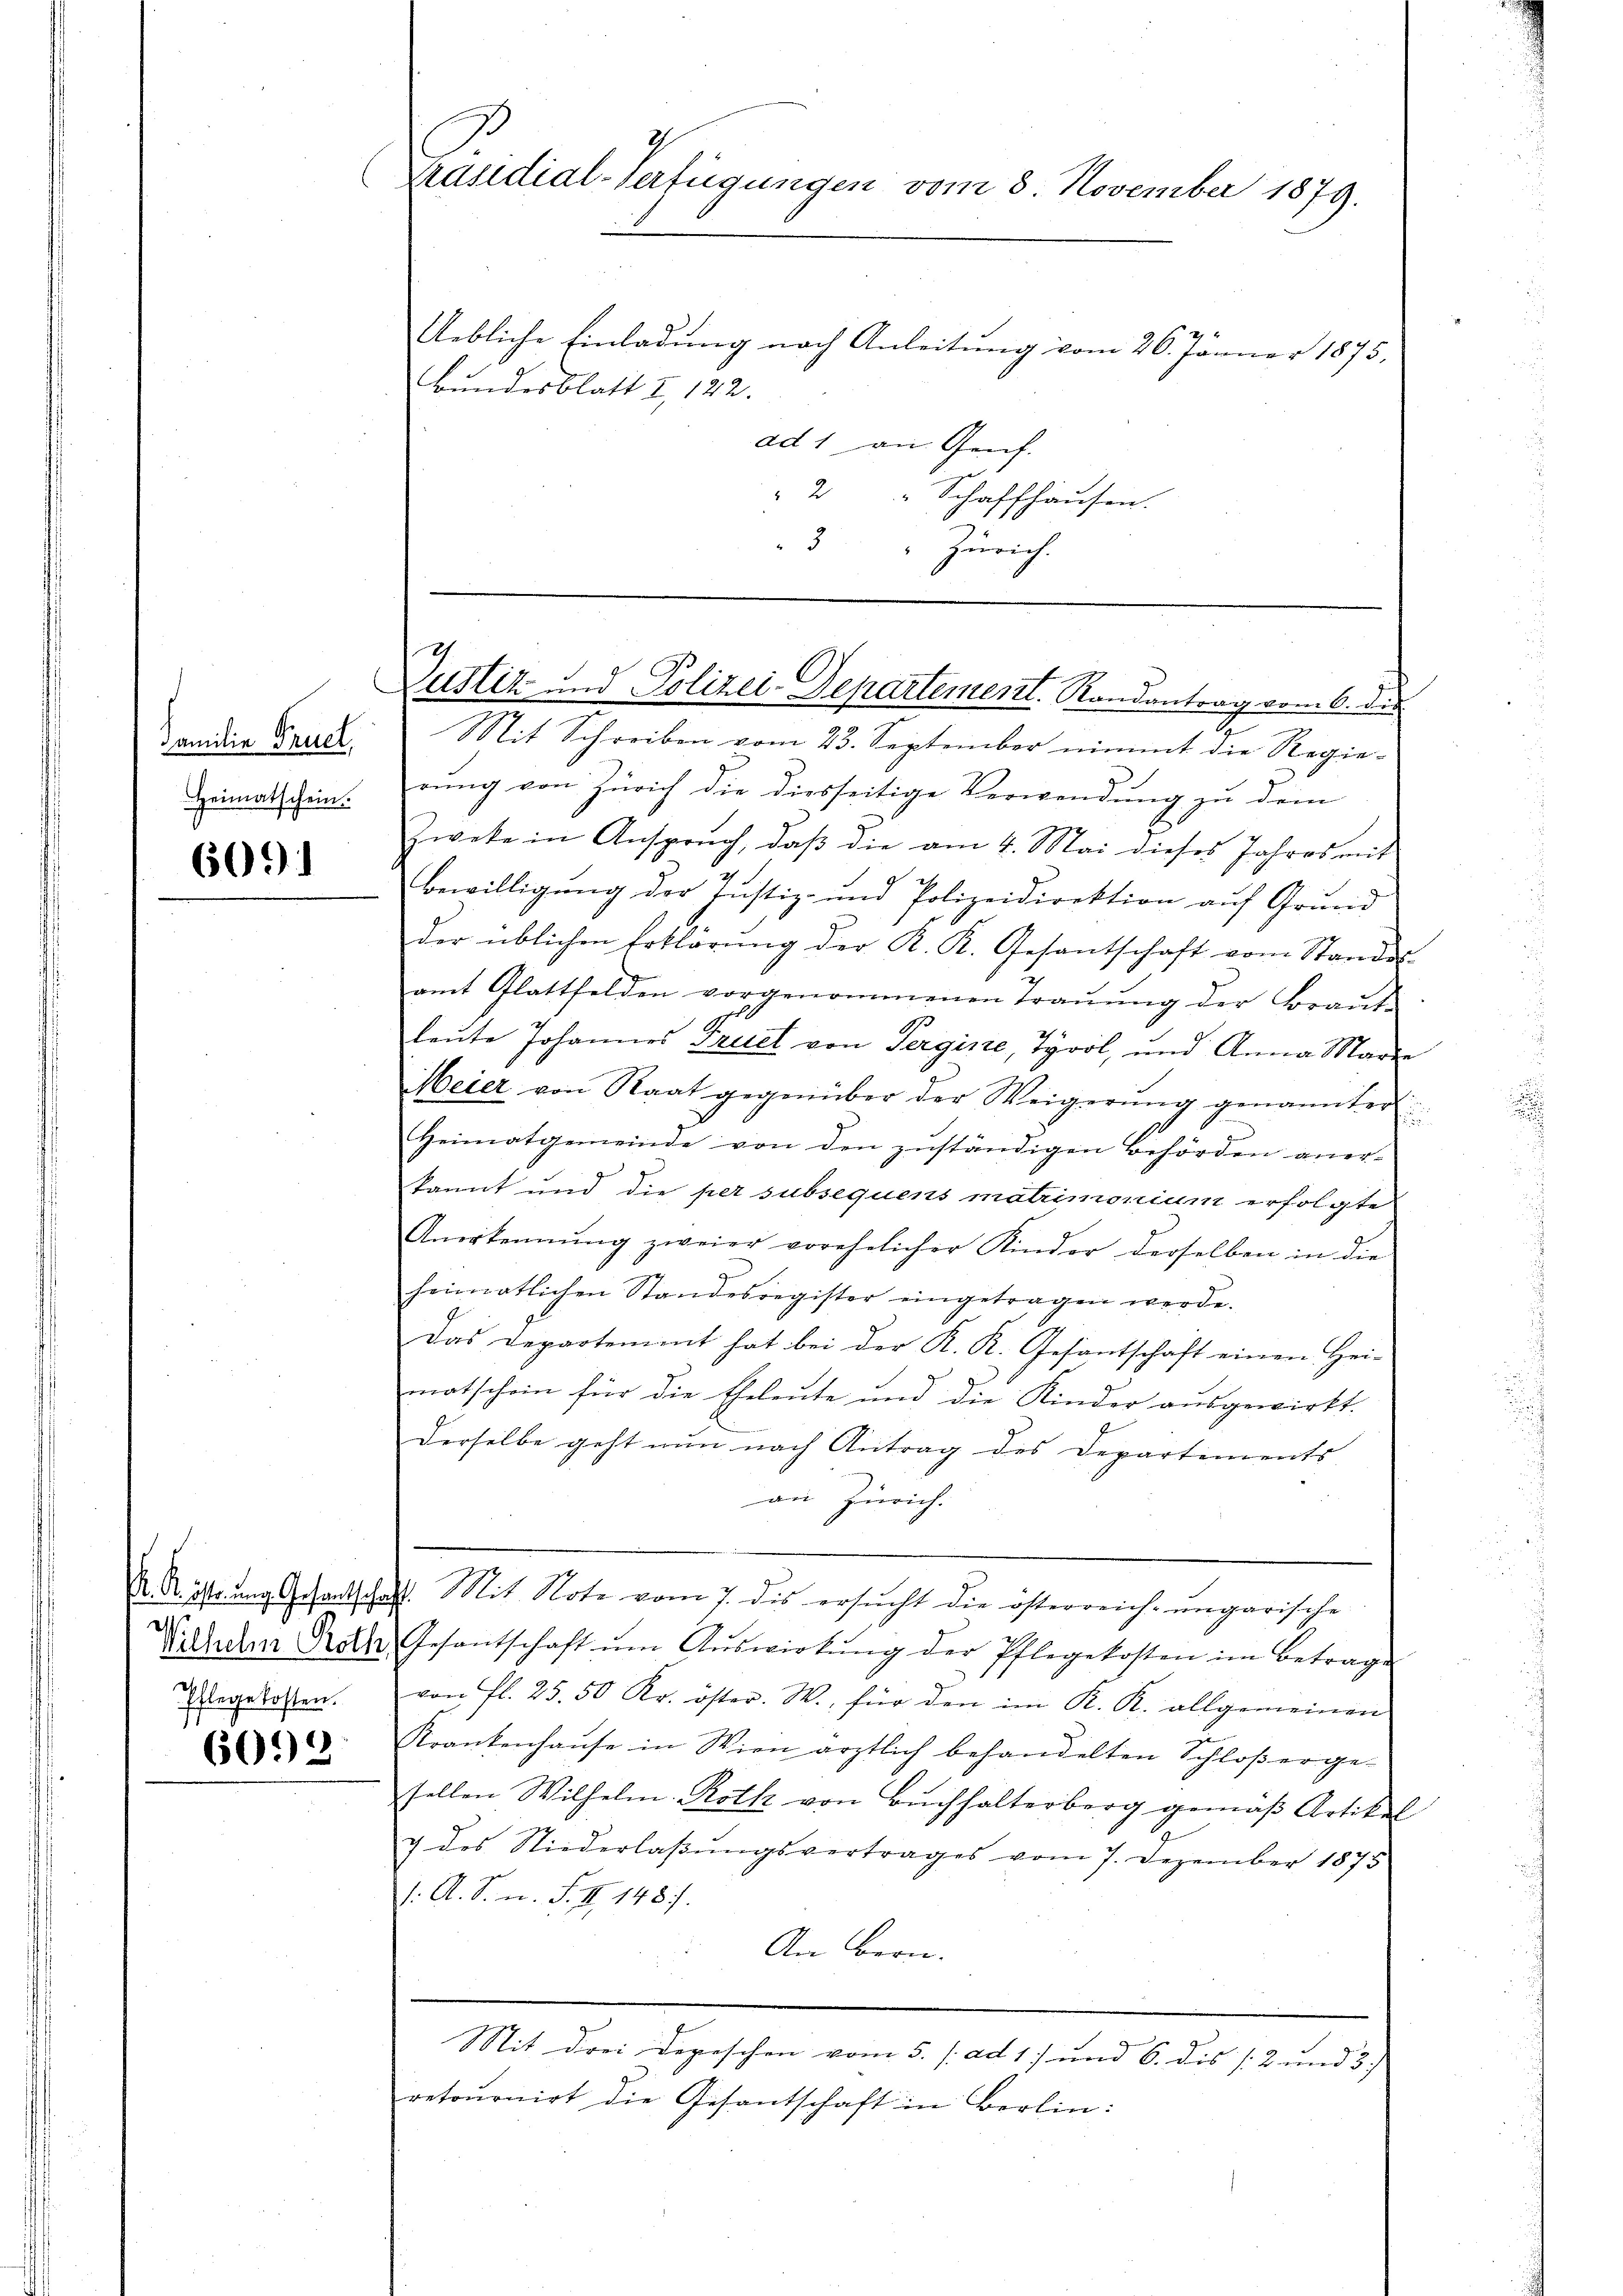
Familie Fruch,
Heimatschein.

6091

Pflegekosten.

6092

Präsidial-Verfügungen vom 3. November 1879.

Uebliche Einladung nach Anleitung vom 26. Jänner 1875,
Bundesblatt I 122.
ad 1 an Genf.
" 2 " Schaffhausen.
3 " Zürich.

Zustiz- und Polizei-Departement. Randantrag vom 6. die

Mit Schreiben vom 23. September nimmt die Regierung von Zürich die diesseitige Verwendung zu dem
Zweke in Anspruch, daβ die am 4. Mai dieses Jahres mit
Bewilligung der Justiz- und Polizeidirektion auf Grund
der üblichen Erklärung der K. K. Gesantschaft vom Standes
amt Glattfelden vorgenommenen Traŭŭng der Braŭt-
leute Johannes Freiet von Perginie, Tyrol, und Anna Marie
Meier von Staat gegenüber der Weigerŭng genannter
Heimatgemeinde von den zuständigen Behörden anerkannt und die per subsequens matrimonium erfolgte
Anerkennung zweier vorehelicher Kinder derselben in die
heimatlichen Standesregister eingetragen werde.
Das Departemmt hat bei der K. K. Gesantschaft einen Hei-
matschein für die Eheleute und die Kinder ausgewirkt.
derselbe geht nun nach Antrag des Departements- |
an Zürich.
A. R. Ettŭng Gehaltschaft. Mit Note vom 7. dis ersŭcht die österreich ungarische
Silhelm Roth, Gesantschaft ŭm Aŭswirkŭng der Pflegekosten im Betrage
von fl. 25. 50 Kr. öster. W., für den im K. K. allgemeinen
Krankenhause in Wien ärztlich behandelten Schloßergesellen Wilhelm Roth von Buchhalterberg gemäß Artikel
g des Niederlaβŭngsvertrages vom 7. Dezember 1875
1. A. S. n. F. II 1487.
An Bern.
Mit drei Depeschen vom 5. (ad 1) und 6. dis [2 und 3.)
retournirt die Gesantschaft in Berlin: